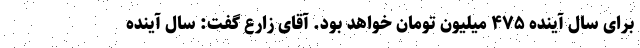
برای سال آینده ۴۷۵ میلیون تومان خواهد بود. آقای زارع گفت: سال آینده